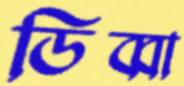
ডিব্বা